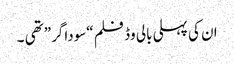
ان کی پہلی بالی وڈ فلم “سوداگر” تھی ۔